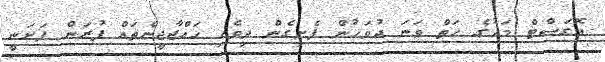
އޮގަސްޓް މަހުގެ ހަތް ވަނަ ދުވަހުން ފެށިގެން ދިވެހި ހައްޖާޖީންތައް ފުރަން ފަށަނީ